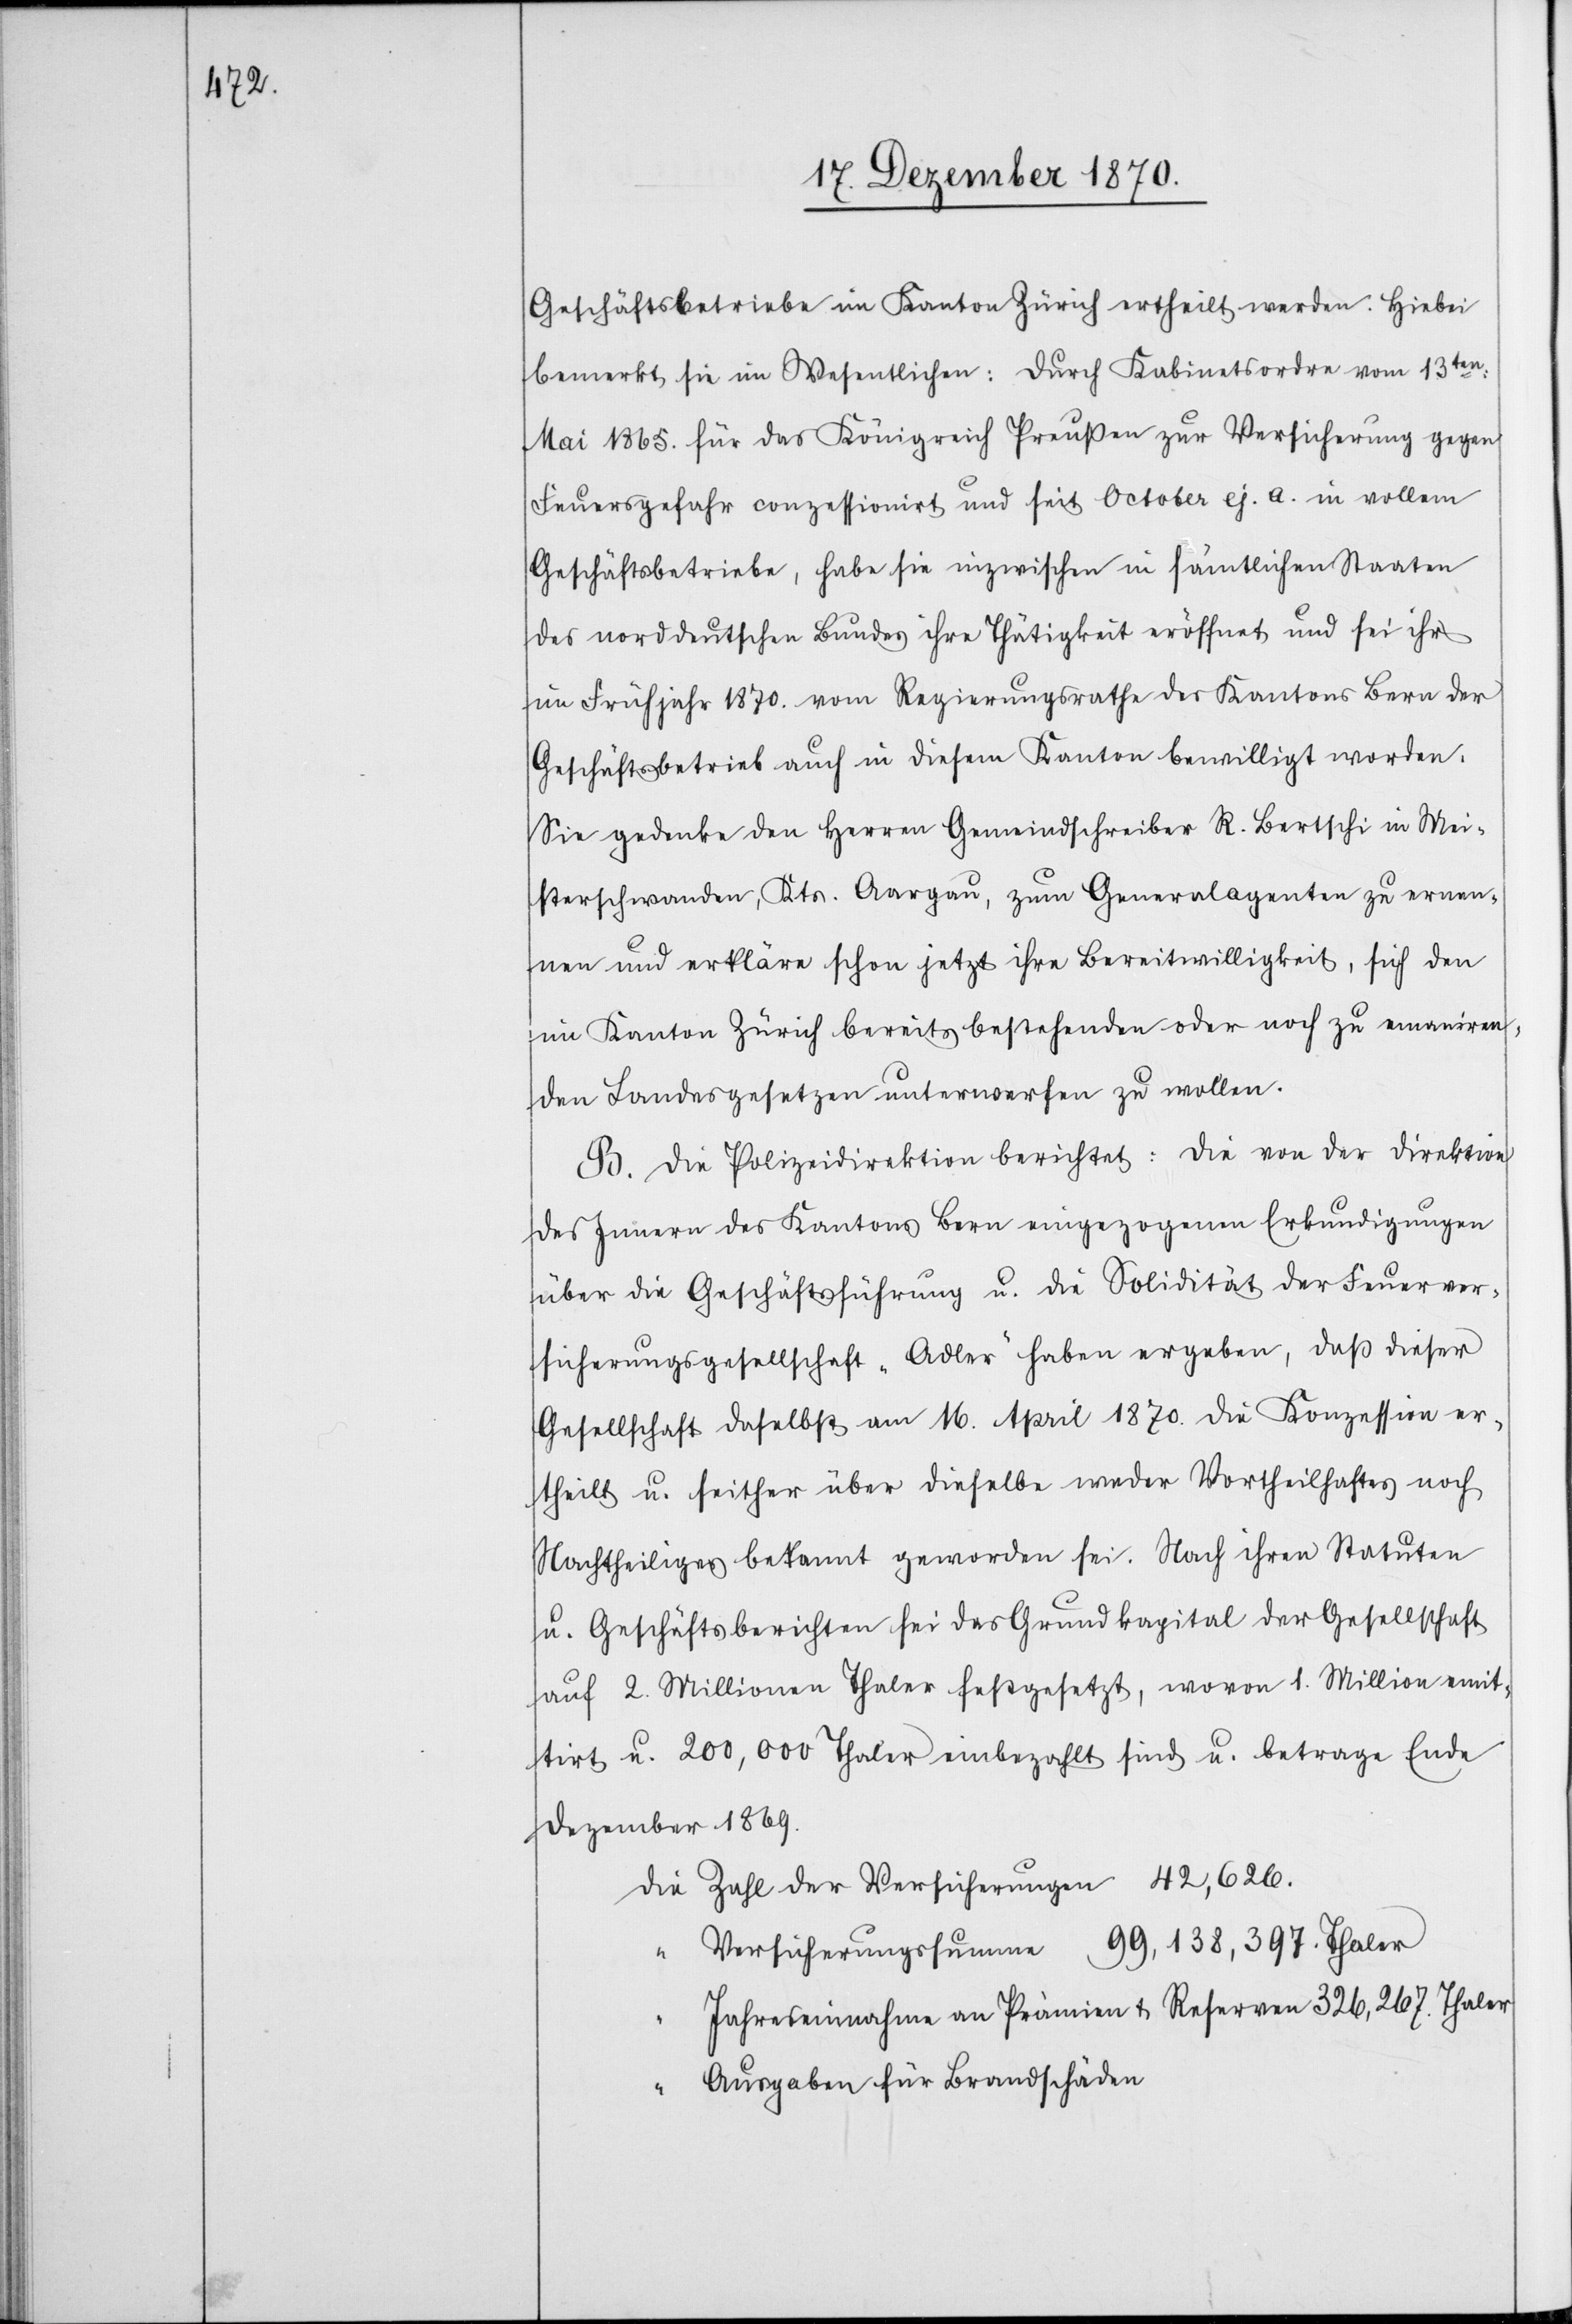
Geschäftsbetriebe im Kanton Zürich ertheilt werden. [sic!]]
Mai 1865. für das Königreich Preußen zur Versicherung gegen
Feuergefahr conzessionirt und seit October ej. a. in vollem
Geschäftsbetriebe, habe sie inzwischen in sämtlichen Staaten
des norddeutschen Bundes ihre Thätigkeit eröffnet und sei ihr
im Frühjahr 1870. vom Regierungsrathe des Kantons Bern der
Geschäftsbetrieb auch in diesem Kanton bewilligt worden.
Sie gedenke den Herren Gemeindschreiber R. Bertschi in Mei¬
sterschwanden, Kts. Aargau, zum Generalagenten zu ernen¬
nen und erkläre schon jetzt ihre Bereitwilligkeit, sich den
im Kanton Zürich bereits bestehenden oder noch zu emaniren¬
den Landesgesetzen unterwerfen zu wollen.
B. Die Polizeidirektion berichtet: Die von der Direktion
des Innern des Kantons Bern eingezogenen Erkundigungen
über die Geschäftsführung u. die Solidität der Feuerver¬
sicherungsgesellschaft „Adler“ haben ergeben, daß dieser
Gesellschaft daselbst am 16. April 1870. die Konzession er¬
theilt u. seither über dieselbe weder Vortheilhaftes noch
Nachtheiliges bekannt geworden sei. Nach ihren Statuten
u. Geschäftsberichten sei das Grundkapital der Gesellschaft
auf 2. Millionen Thaler festgesetzt, wovon 1. Million emit¬
irt u. 200,000 Thaler einbezahlt sind u. betrage Ende
Dezember 1869.
die Zahl der Versicherungen 42,626.
“ Versicherungssumme 99,138,397. Thaler
Jahreseinnahmen an Prämien + Reserven 326,267. Thaler
Ausgaben für Brandschäden